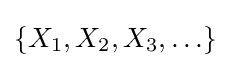
\{X_{1},X_{2},X_{3},\ldots \}